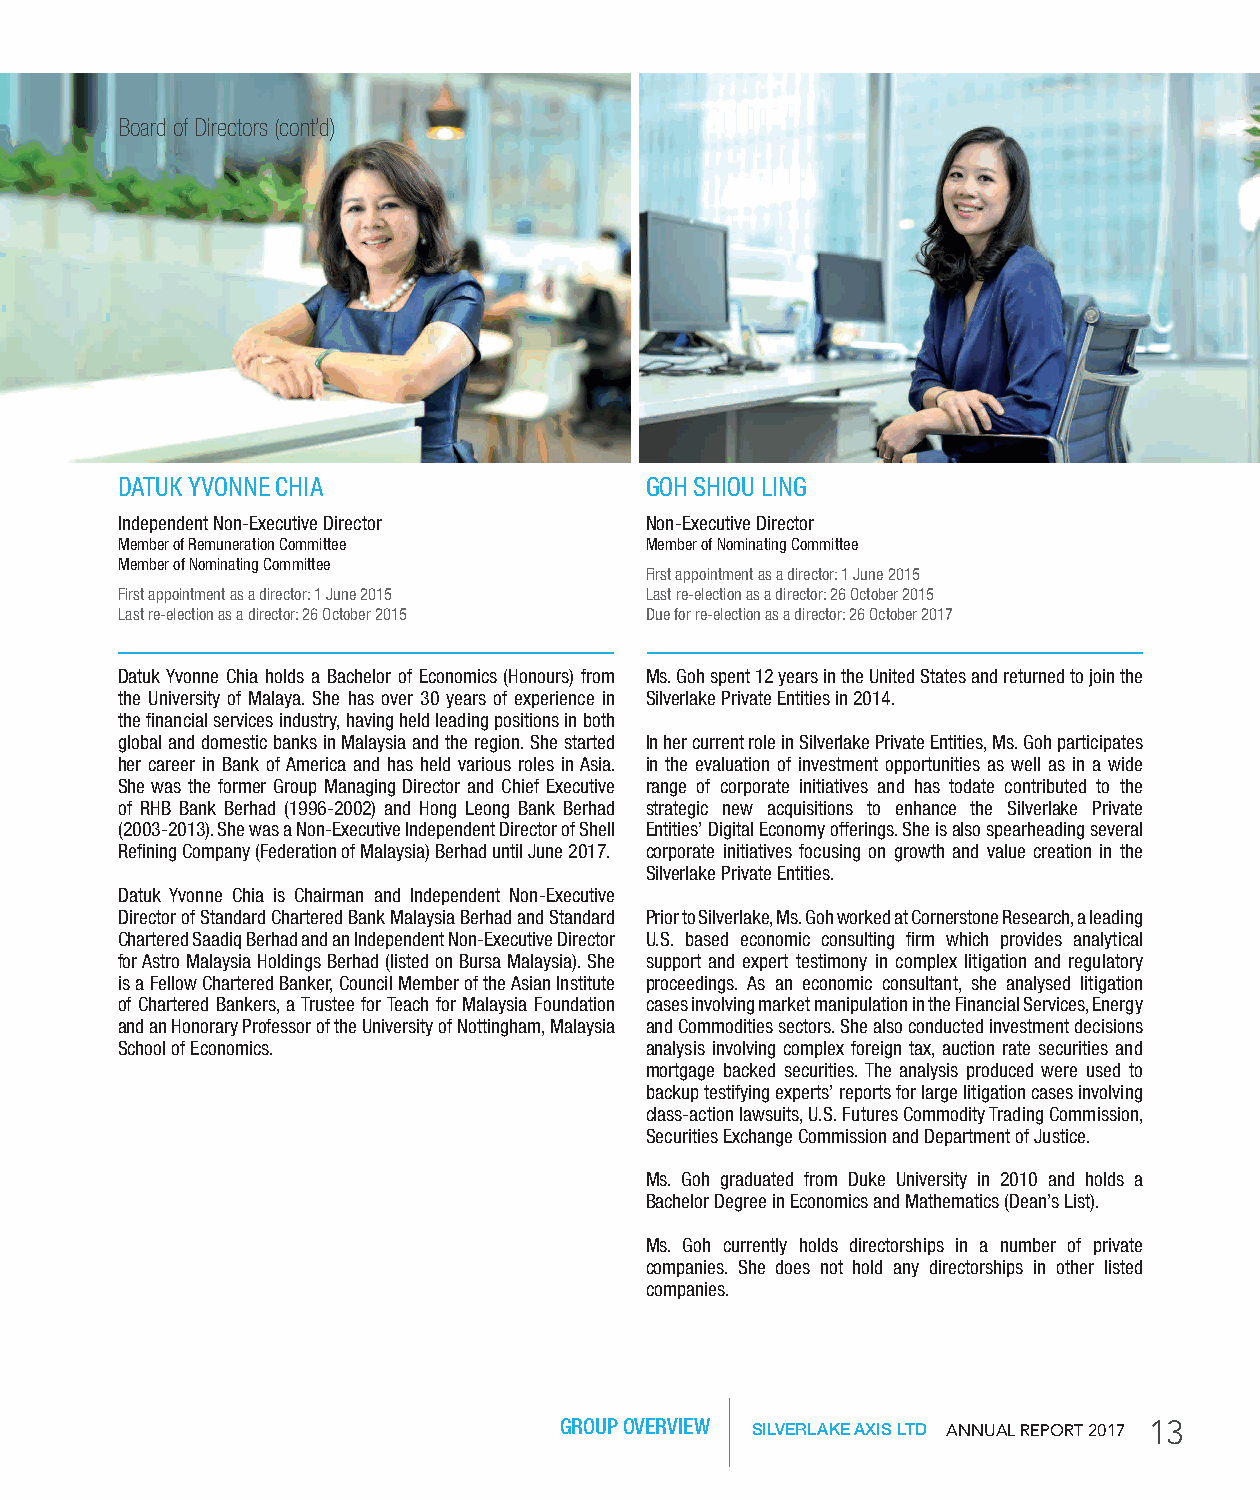
Board of Directors (cont’d)
 DATUK YVONNE CHIA                  GOH SHIOU LING
 Independent Non-Executive Director Non-Executive Director
 Member of Remuneration Committee   Member of Nominating Committee
 Member of Nominating Committee
 First appointment as a director: 1 June 2015
 First appointment as a director: 1 June 2015 Last re-election as a director: 26 October 2015
 Last re-election as a director: 26 October 2015 Due for re-election as a director: 26 October 2017
 Datuk Yvonne Chia holds a Bachelor of Economics (Honours) from Ms. Goh spent 12 years in the United States and returned to join the
 the University of Malaya. She has over 30 years of experience in Silverlake Private Entities in 2014.
 the financial services industry, having held leading positions in both
 global and domestic banks in Malaysia and the region. She started In her current role in Silverlake Private Entities, Ms. Goh participates
 her career in Bank of America and has held various roles in Asia. in the evaluation of investment opportunities as well as in a wide
 She was the former Group Managing Director and Chief Executive range of corporate initiatives and has todate contributed to the
 of RHB Bank Berhad (1996-2002) and Hong Leong Bank Berhad strategic new acquisitions to enhance the Silverlake Private
 (2003-2013). She was a Non-Executive Independent Director of Shell Entities’ Digital Economy offerings. She is also spearheading several
 Refining Company (Federation of Malaysia) Berhad until June 2017. corporate initiatives focusing on growth and value creation in the
 Silverlake Private Entities.
 Datuk Yvonne Chia is Chairman and Independent Non-Executive
 Director of Standard Chartered Bank Malaysia Berhad and Standard Prior to Silverlake, Ms. Goh worked at Cornerstone Research, a leading
 Chartered Saadiq Berhad and an Independent Non-Executive Director U.S. based economic consulting firm which provides analytical
 for Astro Malaysia Holdings Berhad (listed on Bursa Malaysia). She support and expert testimony in complex litigation and regulatory
 is a Fellow Chartered Banker, Council Member of the Asian Institute proceedings. As an economic consultant, she analysed litigation
 of Chartered Bankers, a Trustee for Teach for Malaysia Foundation cases involving market manipulation in the Financial Services, Energy
 and an Honorary Professor of the University of Nottingham, Malaysia and Commodities sectors. She also conducted investment decisions
 School of Economics.               analysis involving complex foreign tax, auction rate securities and
 mortgage backed securities. The analysis produced were used to
 backup testifying experts’ reports for large litigation cases involving
 class-action lawsuits, U.S. Futures Commodity Trading Commission,
 Securities Exchange Commission and Department of Justice.
 Ms. Goh graduated from Duke University in 2010 and holds a
 Bachelor Degree in Economics and Mathematics (Dean’s List).
 Ms. Goh currently holds directorships in a number of private
 companies. She does not hold any directorships in other listed
 companies.
 GROUP OVERVIEW SILVERLAKE AXIS LTD AnnuAl RepoRt 2017 13